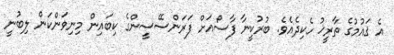
އެ ޤައުމުގެ ތާރީޚު ހެކިދެއެވެ. ބުރުކީނާ ފާސޯއަށް ފަރަންސޭސީންގެ ކިބައިން މިނިވަންކަން ލިބުނީ